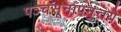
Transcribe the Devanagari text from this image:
पञ्चसूनापनुत्तये